Rangoon Lunatic Asylum 1878-1892 - 1878-1892
Year: 1878
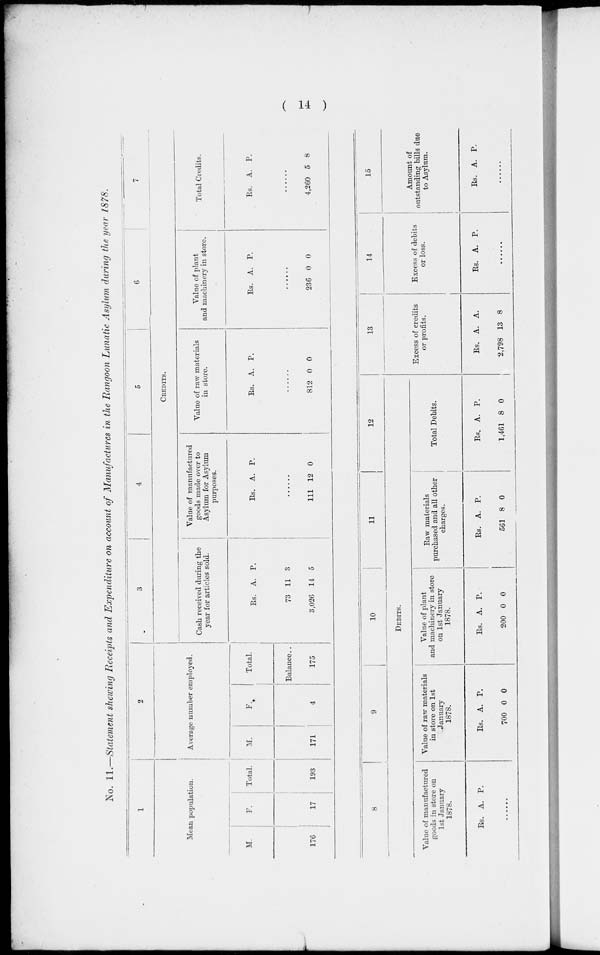
( 14 )
No. 11.—Statement shewing Receipts and Expenditure on account of Manufactures in the Rangoon Lunatic Asylum during the year 1878.
1
Mean population.
M.
176
F.
17
Total.
193
2
Average number employed.
M.
171
F.
4
Total.
Balance..
175
3
4
5
6
7
CREDITS.
Cash received during the
year for articles sold.
Rs.
73
3,026
A.
11
14
P.
3
5
Value of manufactured
goods made over to
Asylum for Asylum
purposes.
Rs. A. P.
......
111 12 0
Value of raw materials
in store.
Rs. A. P.
......
812 0 0
Value of plant
and machinery in store.
Rs. A. P.
......
236 0 0
Total Credits.
Rs. A. P.
......
4,260 5 8
8
9
10
11
12
DEBITS.
Value of manufactured
goods in store on
1st January
1878.
Rs. A. P.
......
Value of raw materials
in store on 1st
January
1878.
Rs.
700
A.
0
P.
0
Value of plant
and machinery in store
on 1st January
1878.
Rs.
200
A.
0
P.
0
Raw materials
purchased and all other
charges.
Rs.
561
A.
8
P.
0
Total Debits.
Rs.
1,461
A.
8
P.
0
13
Excess of credits
or profits.
Rs.
2,798
A.
13
A.
8
14
Excess of debits
or loss.
Rs. A. P.
......
15
Amount of
outstanding bills due
to Asylum.
Rs. A. P.
......